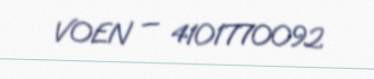
VOEN — 4101770092